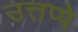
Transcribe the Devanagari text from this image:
उत्तप्पे